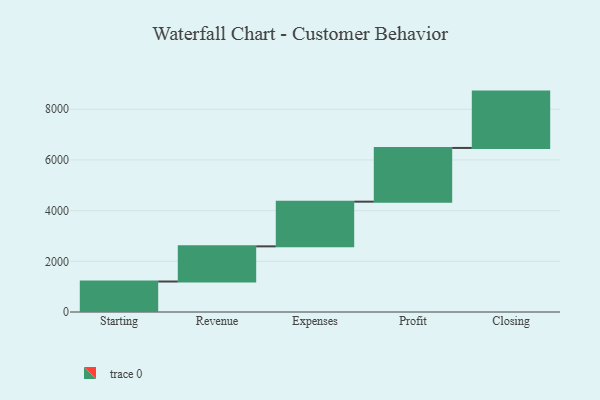
{"axis": {"x": "Step", "y": "Value"}, "legend": [""], "data": [{"x": "Starting", "y": 1203.0, "type": ""}, {"x": "Revenue", "y": 1387.0, "type": ""}, {"x": "Expenses", "y": 1764.0, "type": ""}, {"x": "Profit", "y": 2120.0, "type": ""}, {"x": "Closing", "y": 2223.0, "type": ""}]}